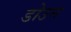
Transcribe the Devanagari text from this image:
डोउन